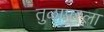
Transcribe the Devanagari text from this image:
तुळापूरला